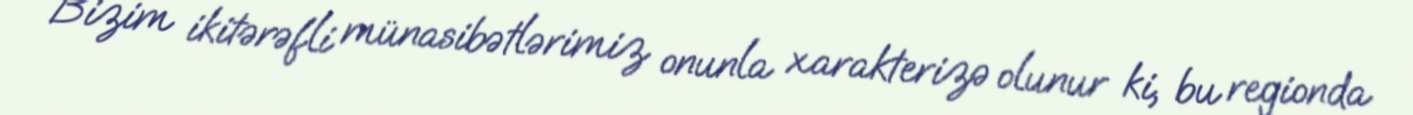
Bizim ikitərəfli münasibətlərimiz onunla xarakterizə olunur ki, bu regionda